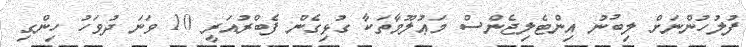
ފުލުހުންނަށް ލިބުނު އިންޓެލިޖެންސް މަޢުލޫމާތަކާ ގުޅިގެން ފެބްރުއަރީ 10 ވަނަ ދުވަހު ހިންގި